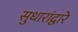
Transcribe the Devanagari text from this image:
सुधारांद्वारे